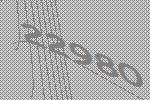
22980